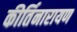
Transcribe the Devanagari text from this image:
कीर्तिनारायण